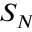
S _ { N }